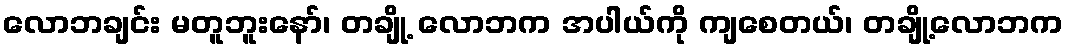
လောဘချင်း မတူဘူးနော်၊ တချို့ လောဘက အပါယ်ကို ကျစေတယ်၊ တချို့လောဘက